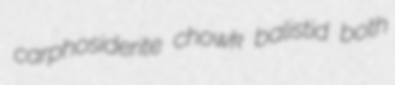
carphosiderite chowk balistid both